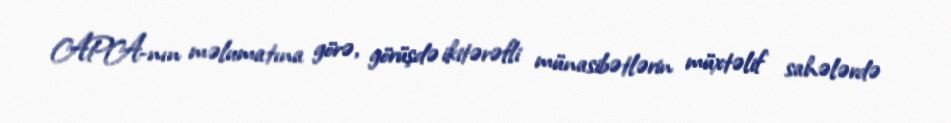
APA-nın məlumatına görə, görüşdə ikitərəfli münasibətlərin müxtəlif sahələrdə